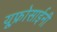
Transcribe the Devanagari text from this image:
यूफ़्रोसाईनी